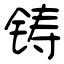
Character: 铸